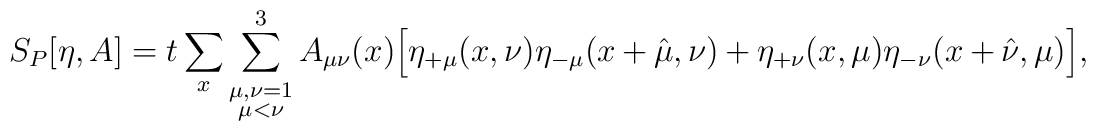
S_P[\eta, A] = t \sum_x \sum_{\stackrel{\scriptstyle \mu, \nu = 1}{\mu < \nu}}^3A_{\mu \nu}(x) \Big[\eta_{+\mu}(x,\nu) \eta_{-\mu}(x+\hat{\mu},\nu) +\eta_{+\nu}(x,\mu) \eta_{-\nu}(x+\hat{\nu},\mu) \Big],